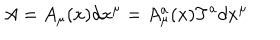
A = A _ { \mu } ( x ) d x ^ { \mu } = A _ { \mu } ^ { a } ( x ) T ^ { a } d x ^ { \mu }